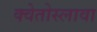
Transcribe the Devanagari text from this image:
क्वेतोस्लावा